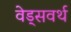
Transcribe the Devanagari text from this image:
वेड्सवर्थ